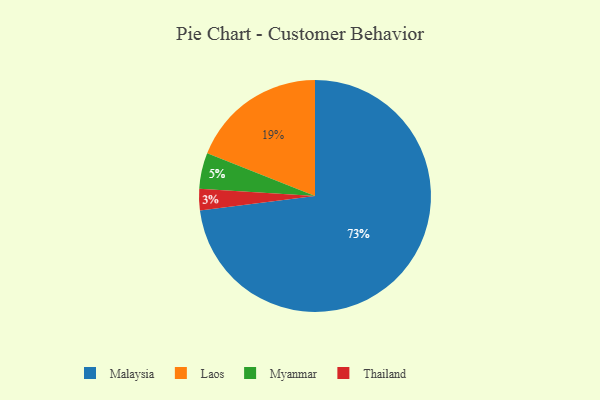
{"axis": {"x": "Category", "y": "Percentage"}, "legend": ["Laos", "Malaysia", "Myanmar", "Thailand"], "data": [{"x": "Thailand", "y": 3, "type": "Thailand"}, {"x": "Myanmar", "y": 5, "type": "Myanmar"}, {"x": "Malaysia", "y": 73, "type": "Malaysia"}, {"x": "Laos", "y": 19, "type": "Laos"}]}